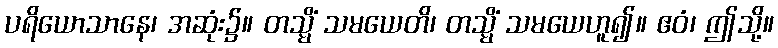
ပရိယောသာနေ၊ အဆုံး၌။ တသ္မိံ သမယေတိ၊ တသ္မိံ သမယေဟူ၍။ ဧဝံ၊ ဤသို့။